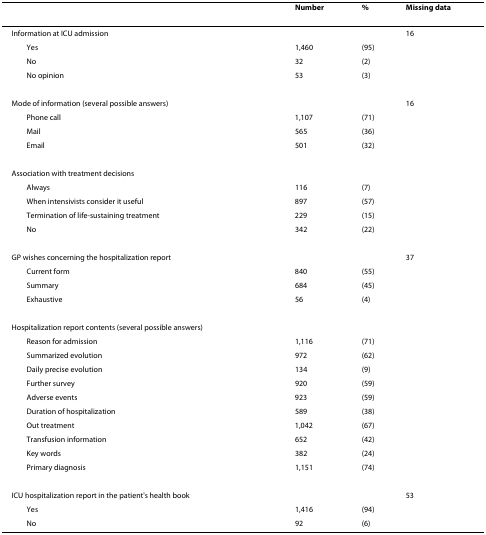
<table><thead><tr><td></td><td><b>Number</b></td><td><b>%</b></td><td><b>Missing data</b></td></tr></thead><tbody><tr><td>Information at ICU admission</td><td></td><td></td><td>16</td></tr><tr><td> Yes</td><td>1,460</td><td>(95)</td><td></td></tr><tr><td> No</td><td>32</td><td>(2)</td><td></td></tr><tr><td> No opinion</td><td>53</td><td>(3)</td><td></td></tr><tr><td>Mode of information (several possible answers)</td><td></td><td></td><td>16</td></tr><tr><td> Phone call</td><td>1,107</td><td>(71)</td><td></td></tr><tr><td> Mail</td><td>565</td><td>(36)</td><td></td></tr><tr><td> Email</td><td>501</td><td>(32)</td><td></td></tr><tr><td>Association with treatment decisions</td><td></td><td></td><td></td></tr><tr><td> Always</td><td>116</td><td>(7)</td><td></td></tr><tr><td> When intensivists consider it useful</td><td>897</td><td>(57)</td><td></td></tr><tr><td> Termination of life-sustaining treatment</td><td>229</td><td>(15)</td><td></td></tr><tr><td> No</td><td>342</td><td>(22)</td><td></td></tr><tr><td>GP wishes concerning the hospitalization report</td><td></td><td></td><td>37</td></tr><tr><td> Current form</td><td>840</td><td>(55)</td><td></td></tr><tr><td> Summary</td><td>684</td><td>(45)</td><td></td></tr><tr><td> Exhaustive</td><td>56</td><td>(4)</td><td></td></tr><tr><td>Hospitalization report contents (several possible answers)</td><td></td><td></td><td></td></tr><tr><td> Reason for admission</td><td>1,116</td><td>(71)</td><td></td></tr><tr><td> Summarized evolution</td><td>972</td><td>(62)</td><td></td></tr><tr><td> Daily precise evolution</td><td>134</td><td>(9)</td><td></td></tr><tr><td> Further survey</td><td>920</td><td>(59)</td><td></td></tr><tr><td> Adverse events</td><td>923</td><td>(59)</td><td></td></tr><tr><td> Duration of hospitalization</td><td>589</td><td>(38)</td><td></td></tr><tr><td> Out treatment</td><td>1,042</td><td>(67)</td><td></td></tr><tr><td> Transfusion information</td><td>652</td><td>(42)</td><td></td></tr><tr><td> Key words</td><td>382</td><td>(24)</td><td></td></tr><tr><td> Primary diagnosis</td><td>1,151</td><td>(74)</td><td></td></tr><tr><td>ICU hospitalization report in the patient&#x27;s health book</td><td></td><td></td><td>53</td></tr><tr><td> Yes</td><td>1,416</td><td>(94)</td><td></td></tr><tr><td> No</td><td>92</td><td>(6)</td><td></td></tr></tbody></table>